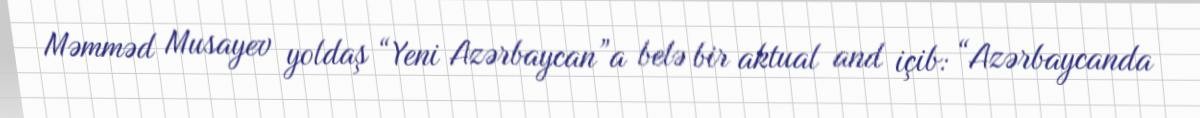
Məmməd Musayev yoldaş “Yeni Azərbaycan”a belə bir aktual and içib: “Azərbaycanda